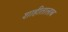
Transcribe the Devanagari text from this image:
शाहीतालाब